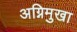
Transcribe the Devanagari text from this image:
अग्निमुखा